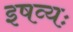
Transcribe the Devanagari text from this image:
इषव्यः